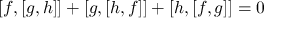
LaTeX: [ f , [ g , h ] ] + [ g , [ h , f ] ] + [ h , [ f , g ] ] = 0